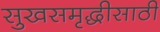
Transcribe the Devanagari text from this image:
सुखसमृद्धीसाठी